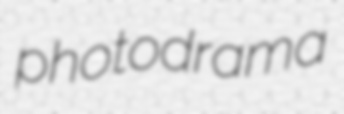
photodrama